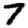
Digit: 7